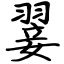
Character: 翣